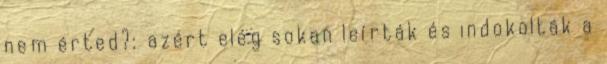
nem érted?: azért elég sokan leírták és indokolták a